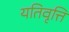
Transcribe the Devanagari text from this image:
यतिवृत्ति